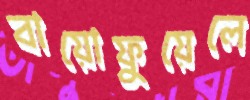
বায়োফুয়েলে